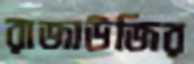
রাজাউজির